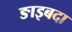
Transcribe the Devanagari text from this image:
ङाइबदा